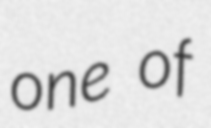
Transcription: one of